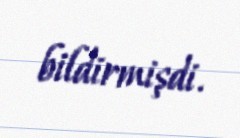
bildirmişdi.